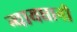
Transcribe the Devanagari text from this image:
न्यायधानी